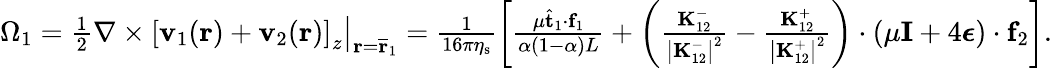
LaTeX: \begin{array}{r}{\Omega_{1}=\left.\frac{1}{2}\nabla\times\left[\mathbf{v}_{1}(\mathbf{r})+\mathbf{v}_{2}(\mathbf{r})\right]_{z}\right|_{\mathbf{r}=\overline{{\mathbf{r}}}_{1}}=\frac{1}{16\pi\eta_{\mathrm{s}}}\left[\frac{\mu\hat{\mathbf{t}}_{1}\cdot\mathbf{f}_{1}}{\alpha(1-\alpha)L}+\left(\frac{\mathbf{K}_{12}^{-}}{\left|\mathbf{K}_{12}^{-}\right|^{2}}-\frac{\mathbf{K}_{12}^{+}}{\left|\mathbf{K}_{12}^{+}\right|^{2}}\right)\cdot\left(\mu\mathbf{I}+4\boldsymbol{\epsilon}\right)\cdot\mathbf{f}_{2}\right].}\end{array}